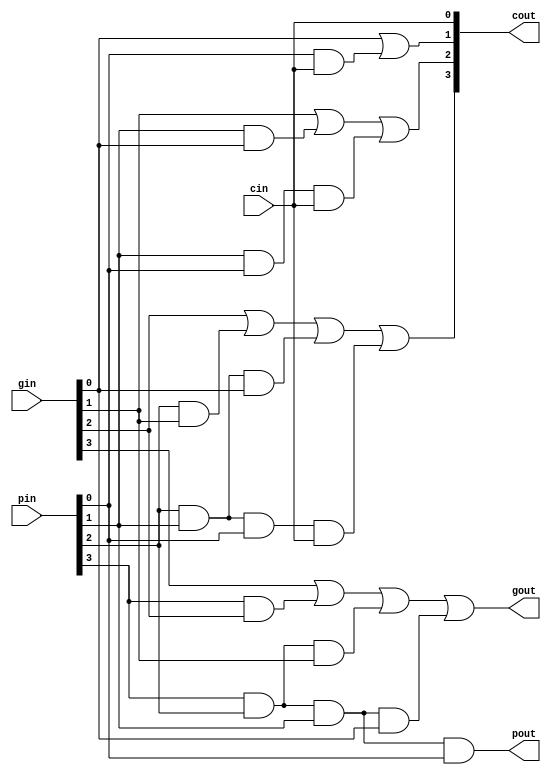
module clb(gin,pin,cin,gout,pout,cout);

	input  cin;
	input  [3:0]gin,pin;

	output gout,pout;
	output [3:0]cout;

	assign cout[0]=cin;
	assign cout[1]=gin[0]|(pin[0]&cin);
	assign cout[2]=gin[1]|(pin[1]&gin[0])|(pin[1]&pin[0]&cin);
	assign cout[3]=gin[2]|(pin[2]&gin[1])|(pin[2]&pin[1]&gin[0])|(pin[2]&pin[1]&pin[0]&cin);

	assign gout   =gin[3]|(pin[3]&gin[2])|(pin[3]&pin[2]&gin[1])|(pin[3]&pin[2]&pin[1]&gin[0]);
	assign pout   =pin[3]&pin[2]&pin[1]&pin[0];
endmodule

////////////////////////////////////////////////////////////////////////////////////

module clb3(gin,pin,cin,gout,pout,cout);

	input  cin;
	input  [2:0]gin,pin;
	output gout,pout;
	output [2:0]cout;

	assign cout[0]=cin;
	assign cout[1]=gin[0]|(pin[0]&cin);
	assign cout[2]=gin[1]|(pin[1]&gin[0])|(pin[1]&pin[0]&cin);

	assign gout   =gin[2]|(pin[2]&gin[1])|(pin[2]&pin[1]&gin[0]);
	assign pout   =pin[2]&pin[1]&pin[0];
endmodule

//////////////////////////////////////////////////////////////////////////////////////

module clb2(gin,pin,cin,gout,pout,cout);
	input  cin;
	input  [1:0]gin,pin;
	output gout,pout;
	output [1:0]cout;

	assign cout[0]=cin;
	assign cout[1]=gin[0]|(pin[0]&cin);

	assign gout   =gin[1]|(pin[1]&gin[0]);
	assign pout   =pin[1]&pin[0];
endmodule